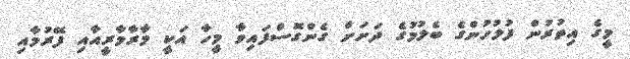
މީގެ އިތުރުން ފުލުހުންގެ ބެލުމުގެ ދަށަށް ގެންގޮސްފައިވާ މީހާ އަކީ މާރާމާރީއާއި ފޭރުމާއި